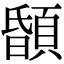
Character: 䫒